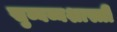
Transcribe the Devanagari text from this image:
सुब्बय्यशास्त्री